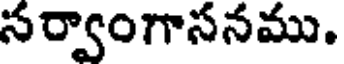
సర్వాంగాసనము.